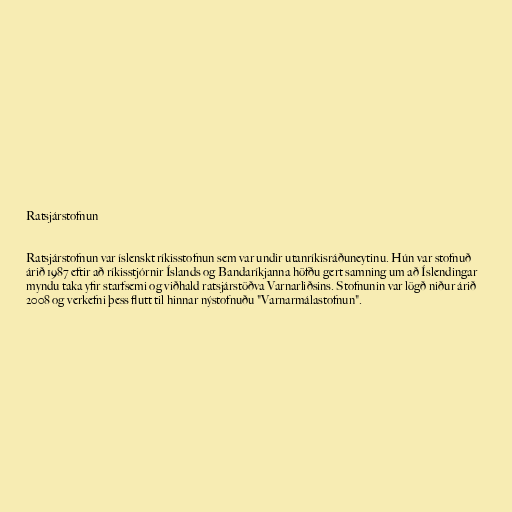
Ratsjárstofnun

Ratsjárstofnun var íslenskt ríkisstofnun sem var undir utanríkisráðuneytinu. Hún var stofnuð
árið 1987 eftir að ríkisstjórnir Íslands og Bandaríkjanna höfðu gert samning um að Íslendingar
myndu taka yfir starfsemi og viðhald ratsjárstöðva Varnarliðsins. Stofnunin var lögð niður árið
2008 og verkefni þess flutt til hinnar nýstofnuðu "Varnarmálastofnun".